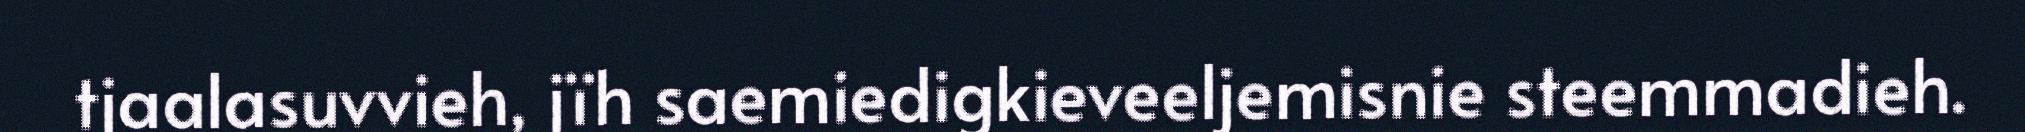
tjaalasuvvieh, jïh saemiedigkieveeljemisnie steemmadieh.